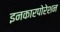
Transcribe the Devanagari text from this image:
इनकारपोरेशन